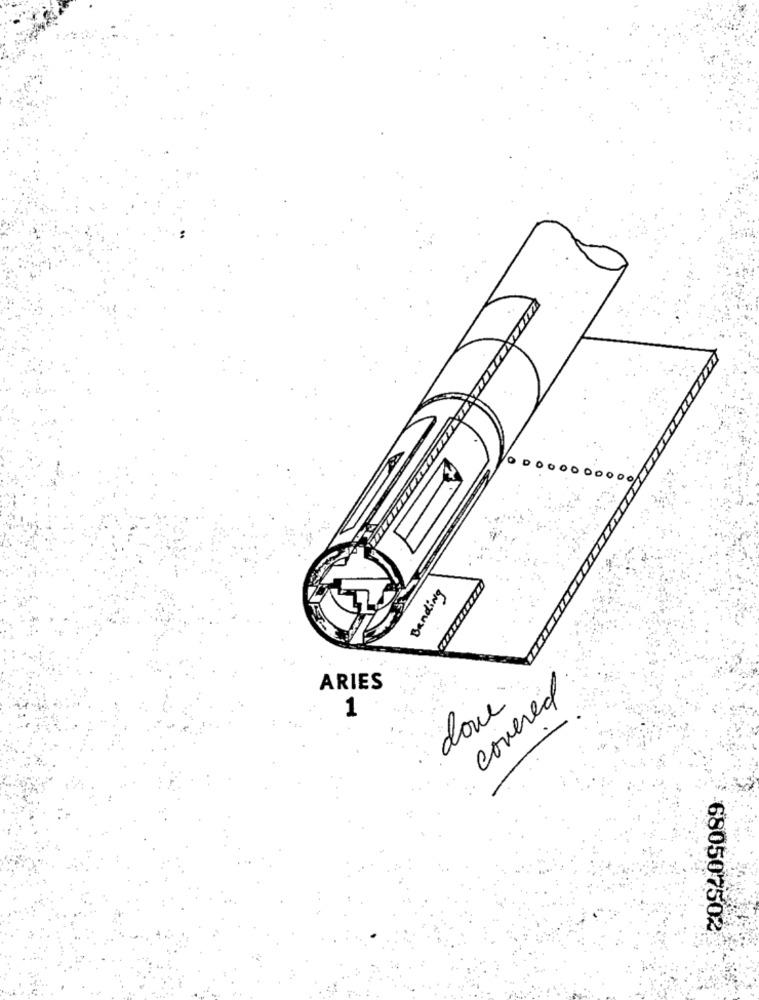
O
D
Banding
ARIES
covered
donc
1
680507502